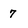
Character: 7